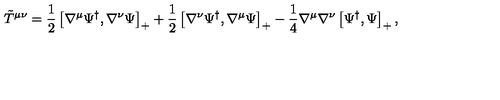
{ \tilde { T } } ^ { \mu \nu } = \frac 1 2 \left[ \nabla ^ { \mu } \Psi ^ { \dag } , \nabla ^ { \nu } \Psi \right] _ { + } + \frac 1 2 \left[ \nabla ^ { \nu } \Psi ^ { \dag } , \nabla ^ { \mu } \Psi \right] _ { + } - \frac 1 4 \nabla ^ { \mu } \nabla ^ { \nu } \left[ \Psi ^ { \dag } , \Psi \right] _ { + } ,